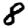
Digit: 8